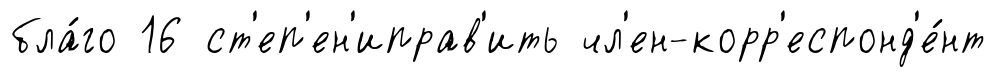
бла́го 16 ст'еп'ен'иправ'ить чл'ен-корр'еспонд'е́нт